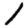
Digit: 1